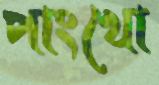
পাংখো